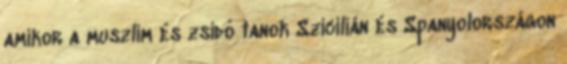
amikor a muszlim és zsidó tanok Szicílián és Spanyolországon